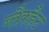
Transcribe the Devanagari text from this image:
ब्लैकहैट